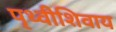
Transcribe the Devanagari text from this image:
पृथ्वीशिवाय